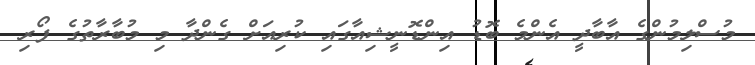
މުސްލިމުންގެ އާބާދީ އެންމެ ބޮޑު އިންޑޮނީޝިއާގައި ކުރިއަށް ގެންދާ މި މުބާރާތުގެ ފޯރި